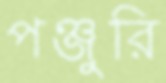
পঞ্জুরি